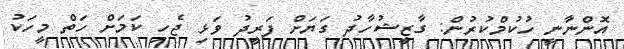
އޮންނާނީ ހުކުމްކުރުން: ގާޒީޝުހާދު ގަޔަށް ފަރީދު ވަޅި ޖެހި ކަމަށް ހަތް މީހަކު